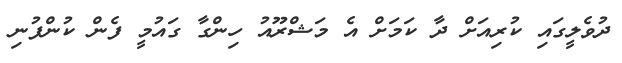
ދުވެލީގައި ކުރިއަށް ދާ ކަމަށް އެ މަޝްރޫއު ހިންގާ ގައުމީ ފެން ކުންފުނި